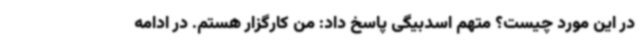
در این مورد چیست؟ متهم اسدبیگی پاسخ داد: من کارگزار هستم. در ادامه